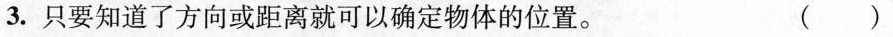
3.只要知道了方向或距离就可以确定物体的位置。 ( )